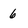
Character: 6